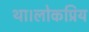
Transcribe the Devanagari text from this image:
था।लोकप्रिय